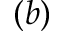
( b )